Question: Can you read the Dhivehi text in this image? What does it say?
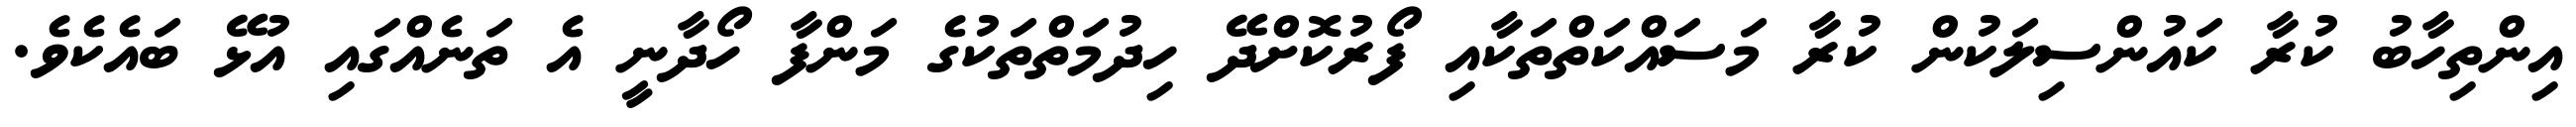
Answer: އިންތިހާބު ކުރާ ކައުންސިލަކުން ކުރާ މަސައްކަތްތަކާއި ފޯރުކޮށްދޭ ހިދުމަތްތަކުގެ މަންފާ ހޯދާނީ އެ ތަނެއްގައި އުޅޭ ބައެކެވެ.